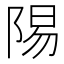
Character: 𬯆